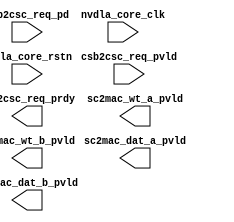

module NV_NVDLA_csc_top (
  csb2csc_req_pd //|< i
  ,csb2csc_req_pvld //|< i

  ,nvdla_core_clk //|< i
  ,nvdla_core_rstn //|< i

  ,csb2csc_req_prdy //|> o

  ,sc2mac_dat_a_pvld //|> o
  ,sc2mac_dat_b_pvld //|> o
  ,sc2mac_wt_a_pvld //|> o
  ,sc2mac_wt_b_pvld //|> o
);

    input [62:0] csb2csc_req_pd; //|< i
    input csb2csc_req_pvld; //|< i

    input nvdla_core_clk; //|< i
    input nvdla_core_rstn; //|< i

    output csb2csc_req_prdy; //|> o

    output sc2mac_dat_a_pvld; //|> o
    output sc2mac_dat_b_pvld; //|> o
    output sc2mac_wt_a_pvld; //|> o
    output sc2mac_wt_b_pvld; //|> o

endmodule


module NV_NVDLA_csc (
   accu2sc_credit_size //|< i
  ,accu2sc_credit_vld //|< i

  ,cdma2sc_dat_entries //|< i
  ,cdma2sc_dat_pending_ack //|< i
  ,cdma2sc_dat_slices //|< i
  ,cdma2sc_dat_updt //|< i

  ,cdma2sc_wmb_entries //|< i

  ,cdma2sc_wt_entries //|< i
  ,cdma2sc_wt_kernels //|< i
  ,cdma2sc_wt_pending_ack //|< i
  ,cdma2sc_wt_updt //|< i

  ,csb2csc_req_pd //|< i
  ,csb2csc_req_pvld //|< i

  ,dla_clk_ovr_on_sync //|< i for testing
  ,global_clk_ovr_on_sync //|< i for testing

  ,nvdla_core_clk //|< i
  ,nvdla_core_rstn //|< i

  ,pwrbus_ram_pd //|< i 31:0 for sequence generator

  ,sc2buf_dat_rd_data //|< i
  ,sc2buf_dat_rd_valid //|< i
  ,sc2buf_wmb_rd_data //|< i
  ,sc2buf_wmb_rd_valid //|< i
  ,sc2buf_wt_rd_data //|< i
  ,sc2buf_wt_rd_valid //|< i
  
  ,tmc2slcg_disable_clock_gating //|< i
  ,csb2csc_req_prdy //|> o
  ,csc2csb_resp_pd //|> o
  ,csc2csb_resp_valid //|> o
  ,sc2buf_dat_rd_addr //|> o
  ,sc2buf_dat_rd_en //|> o
  ,sc2buf_wmb_rd_addr //|> o
  ,sc2buf_wmb_rd_en //|> o
  ,sc2buf_wt_rd_addr //|> o
  ,sc2buf_wt_rd_en //|> o
  ,sc2cdma_dat_entries //|> o
  ,sc2cdma_dat_pending_req //|> o
  ,sc2cdma_dat_slices //|> o
  ,sc2cdma_dat_updt //|> o
  ,sc2cdma_wmb_entries //|> o
  ,sc2cdma_wt_entries //|> o
  ,sc2cdma_wt_kernels //|> o
  ,sc2cdma_wt_pending_req //|> o
  ,sc2cdma_wt_updt //|> o

  
  ,sc2mac_dat_a_data0 //|> o
  ,sc2mac_dat_a_data1 //|> o
  ,sc2mac_dat_a_data10 //|> o
  ,sc2mac_dat_a_data100 //|> o
  ,sc2mac_dat_a_data101 //|> o
  ,sc2mac_dat_a_data102 //|> o
  ,sc2mac_dat_a_data103 //|> o
  ,sc2mac_dat_a_data104 //|> o
  ,sc2mac_dat_a_data105 //|> o
  ,sc2mac_dat_a_data106 //|> o
  ,sc2mac_dat_a_data107 //|> o
  ,sc2mac_dat_a_data108 //|> o
  ,sc2mac_dat_a_data109 //|> o
  ,sc2mac_dat_a_data11 //|> o
  ,sc2mac_dat_a_data110 //|> o
  ,sc2mac_dat_a_data111 //|> o
  ,sc2mac_dat_a_data112 //|> o
  ,sc2mac_dat_a_data113 //|> o
  ,sc2mac_dat_a_data114 //|> o
  ,sc2mac_dat_a_data115 //|> o
  ,sc2mac_dat_a_data116 //|> o
  ,sc2mac_dat_a_data117 //|> o
  ,sc2mac_dat_a_data118 //|> o
  ,sc2mac_dat_a_data119 //|> o
  ,sc2mac_dat_a_data12 //|> o
  ,sc2mac_dat_a_data120 //|> o
  ,sc2mac_dat_a_data121 //|> o
  ,sc2mac_dat_a_data122 //|> o
  ,sc2mac_dat_a_data123 //|> o
  ,sc2mac_dat_a_data124 //|> o
  ,sc2mac_dat_a_data125 //|> o
  ,sc2mac_dat_a_data126 //|> o
  ,sc2mac_dat_a_data127 //|> o
  ,sc2mac_dat_a_data13 //|> o
  ,sc2mac_dat_a_data14 //|> o
  ,sc2mac_dat_a_data15 //|> o
  ,sc2mac_dat_a_data16 //|> o
  ,sc2mac_dat_a_data17 //|> o
  ,sc2mac_dat_a_data18 //|> o
  ,sc2mac_dat_a_data19 //|> o
  ,sc2mac_dat_a_data2 //|> o
  ,sc2mac_dat_a_data20 //|> o
  ,sc2mac_dat_a_data21 //|> o
  ,sc2mac_dat_a_data22 //|> o
  ,sc2mac_dat_a_data23 //|> o
  ,sc2mac_dat_a_data24 //|> o
  ,sc2mac_dat_a_data25 //|> o
  ,sc2mac_dat_a_data26 //|> o
  ,sc2mac_dat_a_data27 //|> o
  ,sc2mac_dat_a_data28 //|> o
  ,sc2mac_dat_a_data29 //|> o
  ,sc2mac_dat_a_data3 //|> o
  ,sc2mac_dat_a_data30 //|> o
  ,sc2mac_dat_a_data31 //|> o
  ,sc2mac_dat_a_data32 //|> o
  ,sc2mac_dat_a_data33 //|> o
  ,sc2mac_dat_a_data34 //|> o
  ,sc2mac_dat_a_data35 //|> o
  ,sc2mac_dat_a_data36 //|> o
  ,sc2mac_dat_a_data37 //|> o
  ,sc2mac_dat_a_data38 //|> o
  ,sc2mac_dat_a_data39 //|> o
  ,sc2mac_dat_a_data4 //|> o
  ,sc2mac_dat_a_data40 //|> o
  ,sc2mac_dat_a_data41 //|> o
  ,sc2mac_dat_a_data42 //|> o
  ,sc2mac_dat_a_data43 //|> o
  ,sc2mac_dat_a_data44 //|> o
  ,sc2mac_dat_a_data45 //|> o
  ,sc2mac_dat_a_data46 //|> o
  ,sc2mac_dat_a_data47 //|> o
  ,sc2mac_dat_a_data48 //|> o
  ,sc2mac_dat_a_data49 //|> o
  ,sc2mac_dat_a_data5 //|> o
  ,sc2mac_dat_a_data50 //|> o
  ,sc2mac_dat_a_data51 //|> o
  ,sc2mac_dat_a_data52 //|> o
  ,sc2mac_dat_a_data53 //|> o
  ,sc2mac_dat_a_data54 //|> o
  ,sc2mac_dat_a_data55 //|> o
  ,sc2mac_dat_a_data56 //|> o
  ,sc2mac_dat_a_data57 //|> o
  ,sc2mac_dat_a_data58 //|> o
  ,sc2mac_dat_a_data59 //|> o
  ,sc2mac_dat_a_data6 //|> o
  ,sc2mac_dat_a_data60 //|> o
  ,sc2mac_dat_a_data61 //|> o
  ,sc2mac_dat_a_data62 //|> o
  ,sc2mac_dat_a_data63 //|> o
  ,sc2mac_dat_a_data64 //|> o
  ,sc2mac_dat_a_data65 //|> o
  ,sc2mac_dat_a_data66 //|> o
  ,sc2mac_dat_a_data67 //|> o
  ,sc2mac_dat_a_data68 //|> o
  ,sc2mac_dat_a_data69 //|> o
  ,sc2mac_dat_a_data7 //|> o
  ,sc2mac_dat_a_data70 //|> o
  ,sc2mac_dat_a_data71 //|> o
  ,sc2mac_dat_a_data72 //|> o
  ,sc2mac_dat_a_data73 //|> o
  ,sc2mac_dat_a_data74 //|> o
  ,sc2mac_dat_a_data75 //|> o
  ,sc2mac_dat_a_data76 //|> o
  ,sc2mac_dat_a_data77 //|> o
  ,sc2mac_dat_a_data78 //|> o
  ,sc2mac_dat_a_data79 //|> o
  ,sc2mac_dat_a_data8 //|> o
  ,sc2mac_dat_a_data80 //|> o
  ,sc2mac_dat_a_data81 //|> o
  ,sc2mac_dat_a_data82 //|> o
  ,sc2mac_dat_a_data83 //|> o
  ,sc2mac_dat_a_data84 //|> o
  ,sc2mac_dat_a_data85 //|> o
  ,sc2mac_dat_a_data86 //|> o
  ,sc2mac_dat_a_data87 //|> o
  ,sc2mac_dat_a_data88 //|> o
  ,sc2mac_dat_a_data89 //|> o
  ,sc2mac_dat_a_data9 //|> o
  ,sc2mac_dat_a_data90 //|> o
  ,sc2mac_dat_a_data91 //|> o
  ,sc2mac_dat_a_data92 //|> o
  ,sc2mac_dat_a_data93 //|> o
  ,sc2mac_dat_a_data94 //|> o
  ,sc2mac_dat_a_data95 //|> o
  ,sc2mac_dat_a_data96 //|> o
  ,sc2mac_dat_a_data97 //|> o
  ,sc2mac_dat_a_data98 //|> o
  ,sc2mac_dat_a_data99 //|> o
  ,sc2mac_dat_a_mask //|> o
  ,sc2mac_dat_a_pd //|> o
  ,sc2mac_dat_a_pvld //|> o
  ,sc2mac_dat_b_data0 //|> o
  ,sc2mac_dat_b_data1 //|> o
  ,sc2mac_dat_b_data10 //|> o
  ,sc2mac_dat_b_data100 //|> o
  ,sc2mac_dat_b_data101 //|> o
  ,sc2mac_dat_b_data102 //|> o
  ,sc2mac_dat_b_data103 //|> o
  ,sc2mac_dat_b_data104 //|> o
  ,sc2mac_dat_b_data105 //|> o
  ,sc2mac_dat_b_data106 //|> o
  ,sc2mac_dat_b_data107 //|> o
  ,sc2mac_dat_b_data108 //|> o
  ,sc2mac_dat_b_data109 //|> o
  ,sc2mac_dat_b_data11 //|> o
  ,sc2mac_dat_b_data110 //|> o
  ,sc2mac_dat_b_data111 //|> o
  ,sc2mac_dat_b_data112 //|> o
  ,sc2mac_dat_b_data113 //|> o
  ,sc2mac_dat_b_data114 //|> o
  ,sc2mac_dat_b_data115 //|> o
  ,sc2mac_dat_b_data116 //|> o
  ,sc2mac_dat_b_data117 //|> o
  ,sc2mac_dat_b_data118 //|> o
  ,sc2mac_dat_b_data119 //|> o
  ,sc2mac_dat_b_data12 //|> o
  ,sc2mac_dat_b_data120 //|> o
  ,sc2mac_dat_b_data121 //|> o
  ,sc2mac_dat_b_data122 //|> o
  ,sc2mac_dat_b_data123 //|> o
  ,sc2mac_dat_b_data124 //|> o
  ,sc2mac_dat_b_data125 //|> o
  ,sc2mac_dat_b_data126 //|> o
  ,sc2mac_dat_b_data127 //|> o
  ,sc2mac_dat_b_data13 //|> o
  ,sc2mac_dat_b_data14 //|> o
  ,sc2mac_dat_b_data15 //|> o
  ,sc2mac_dat_b_data16 //|> o
  ,sc2mac_dat_b_data17 //|> o
  ,sc2mac_dat_b_data18 //|> o
  ,sc2mac_dat_b_data19 //|> o
  ,sc2mac_dat_b_data2 //|> o
  ,sc2mac_dat_b_data20 //|> o
  ,sc2mac_dat_b_data21 //|> o
  ,sc2mac_dat_b_data22 //|> o
  ,sc2mac_dat_b_data23 //|> o
  ,sc2mac_dat_b_data24 //|> o
  ,sc2mac_dat_b_data25 //|> o
  ,sc2mac_dat_b_data26 //|> o
  ,sc2mac_dat_b_data27 //|> o
  ,sc2mac_dat_b_data28 //|> o
  ,sc2mac_dat_b_data29 //|> o
  ,sc2mac_dat_b_data3 //|> o
  ,sc2mac_dat_b_data30 //|> o
  ,sc2mac_dat_b_data31 //|> o
  ,sc2mac_dat_b_data32 //|> o
  ,sc2mac_dat_b_data33 //|> o
  ,sc2mac_dat_b_data34 //|> o
  ,sc2mac_dat_b_data35 //|> o
  ,sc2mac_dat_b_data36 //|> o
  ,sc2mac_dat_b_data37 //|> o
  ,sc2mac_dat_b_data38 //|> o
  ,sc2mac_dat_b_data39 //|> o
  ,sc2mac_dat_b_data4 //|> o
  ,sc2mac_dat_b_data40 //|> o
  ,sc2mac_dat_b_data41 //|> o
  ,sc2mac_dat_b_data42 //|> o
  ,sc2mac_dat_b_data43 //|> o
  ,sc2mac_dat_b_data44 //|> o
  ,sc2mac_dat_b_data45 //|> o
  ,sc2mac_dat_b_data46 //|> o
  ,sc2mac_dat_b_data47 //|> o
  ,sc2mac_dat_b_data48 //|> o
  ,sc2mac_dat_b_data49 //|> o
  ,sc2mac_dat_b_data5 //|> o
  ,sc2mac_dat_b_data50 //|> o
  ,sc2mac_dat_b_data51 //|> o
  ,sc2mac_dat_b_data52 //|> o
  ,sc2mac_dat_b_data53 //|> o
  ,sc2mac_dat_b_data54 //|> o
  ,sc2mac_dat_b_data55 //|> o
  ,sc2mac_dat_b_data56 //|> o
  ,sc2mac_dat_b_data57 //|> o
  ,sc2mac_dat_b_data58 //|> o
  ,sc2mac_dat_b_data59 //|> o
  ,sc2mac_dat_b_data6 //|> o
  ,sc2mac_dat_b_data60 //|> o
  ,sc2mac_dat_b_data61 //|> o
  ,sc2mac_dat_b_data62 //|> o
  ,sc2mac_dat_b_data63 //|> o
  ,sc2mac_dat_b_data64 //|> o
  ,sc2mac_dat_b_data65 //|> o
  ,sc2mac_dat_b_data66 //|> o
  ,sc2mac_dat_b_data67 //|> o
  ,sc2mac_dat_b_data68 //|> o
  ,sc2mac_dat_b_data69 //|> o
  ,sc2mac_dat_b_data7 //|> o
  ,sc2mac_dat_b_data70 //|> o
  ,sc2mac_dat_b_data71 //|> o
  ,sc2mac_dat_b_data72 //|> o
  ,sc2mac_dat_b_data73 //|> o
  ,sc2mac_dat_b_data74 //|> o
  ,sc2mac_dat_b_data75 //|> o
  ,sc2mac_dat_b_data76 //|> o
  ,sc2mac_dat_b_data77 //|> o
  ,sc2mac_dat_b_data78 //|> o
  ,sc2mac_dat_b_data79 //|> o
  ,sc2mac_dat_b_data8 //|> o
  ,sc2mac_dat_b_data80 //|> o
  ,sc2mac_dat_b_data81 //|> o
  ,sc2mac_dat_b_data82 //|> o
  ,sc2mac_dat_b_data83 //|> o
  ,sc2mac_dat_b_data84 //|> o
  ,sc2mac_dat_b_data85 //|> o
  ,sc2mac_dat_b_data86 //|> o
  ,sc2mac_dat_b_data87 //|> o
  ,sc2mac_dat_b_data88 //|> o
  ,sc2mac_dat_b_data89 //|> o
  ,sc2mac_dat_b_data9 //|> o
  ,sc2mac_dat_b_data90 //|> o
  ,sc2mac_dat_b_data91 //|> o
  ,sc2mac_dat_b_data92 //|> o
  ,sc2mac_dat_b_data93 //|> o
  ,sc2mac_dat_b_data94 //|> o
  ,sc2mac_dat_b_data95 //|> o
  ,sc2mac_dat_b_data96 //|> o
  ,sc2mac_dat_b_data97 //|> o
  ,sc2mac_dat_b_data98 //|> o
  ,sc2mac_dat_b_data99 //|> o
  ,sc2mac_dat_b_mask //|> o
  ,sc2mac_dat_b_pd //|> o
  ,sc2mac_dat_b_pvld //|> o
  ,sc2mac_wt_a_data0 //|> o
  ,sc2mac_wt_a_data1 //|> o
  ,sc2mac_wt_a_data10 //|> o
  ,sc2mac_wt_a_data100 //|> o
  ,sc2mac_wt_a_data101 //|> o
  ,sc2mac_wt_a_data102 //|> o
  ,sc2mac_wt_a_data103 //|> o
  ,sc2mac_wt_a_data104 //|> o
  ,sc2mac_wt_a_data105 //|> o
  ,sc2mac_wt_a_data106 //|> o
  ,sc2mac_wt_a_data107 //|> o
  ,sc2mac_wt_a_data108 //|> o
  ,sc2mac_wt_a_data109 //|> o
  ,sc2mac_wt_a_data11 //|> o
  ,sc2mac_wt_a_data110 //|> o
  ,sc2mac_wt_a_data111 //|> o
  ,sc2mac_wt_a_data112 //|> o
  ,sc2mac_wt_a_data113 //|> o
  ,sc2mac_wt_a_data114 //|> o
  ,sc2mac_wt_a_data115 //|> o
  ,sc2mac_wt_a_data116 //|> o
  ,sc2mac_wt_a_data117 //|> o
  ,sc2mac_wt_a_data118 //|> o
  ,sc2mac_wt_a_data119 //|> o
  ,sc2mac_wt_a_data12 //|> o
  ,sc2mac_wt_a_data120 //|> o
  ,sc2mac_wt_a_data121 //|> o
  ,sc2mac_wt_a_data122 //|> o
  ,sc2mac_wt_a_data123 //|> o
  ,sc2mac_wt_a_data124 //|> o
  ,sc2mac_wt_a_data125 //|> o
  ,sc2mac_wt_a_data126 //|> o
  ,sc2mac_wt_a_data127 //|> o
  ,sc2mac_wt_a_data13 //|> o
  ,sc2mac_wt_a_data14 //|> o
  ,sc2mac_wt_a_data15 //|> o
  ,sc2mac_wt_a_data16 //|> o
  ,sc2mac_wt_a_data17 //|> o
  ,sc2mac_wt_a_data18 //|> o
  ,sc2mac_wt_a_data19 //|> o
  ,sc2mac_wt_a_data2 //|> o
  ,sc2mac_wt_a_data20 //|> o
  ,sc2mac_wt_a_data21 //|> o
  ,sc2mac_wt_a_data22 //|> o
  ,sc2mac_wt_a_data23 //|> o
  ,sc2mac_wt_a_data24 //|> o
  ,sc2mac_wt_a_data25 //|> o
  ,sc2mac_wt_a_data26 //|> o
  ,sc2mac_wt_a_data27 //|> o
  ,sc2mac_wt_a_data28 //|> o
  ,sc2mac_wt_a_data29 //|> o
  ,sc2mac_wt_a_data3 //|> o
  ,sc2mac_wt_a_data30 //|> o
  ,sc2mac_wt_a_data31 //|> o
  ,sc2mac_wt_a_data32 //|> o
  ,sc2mac_wt_a_data33 //|> o
  ,sc2mac_wt_a_data34 //|> o
  ,sc2mac_wt_a_data35 //|> o
  ,sc2mac_wt_a_data36 //|> o
  ,sc2mac_wt_a_data37 //|> o
  ,sc2mac_wt_a_data38 //|> o
  ,sc2mac_wt_a_data39 //|> o
  ,sc2mac_wt_a_data4 //|> o
  ,sc2mac_wt_a_data40 //|> o
  ,sc2mac_wt_a_data41 //|> o
  ,sc2mac_wt_a_data42 //|> o
  ,sc2mac_wt_a_data43 //|> o
  ,sc2mac_wt_a_data44 //|> o
  ,sc2mac_wt_a_data45 //|> o
  ,sc2mac_wt_a_data46 //|> o
  ,sc2mac_wt_a_data47 //|> o
  ,sc2mac_wt_a_data48 //|> o
  ,sc2mac_wt_a_data49 //|> o
  ,sc2mac_wt_a_data5 //|> o
  ,sc2mac_wt_a_data50 //|> o
  ,sc2mac_wt_a_data51 //|> o
  ,sc2mac_wt_a_data52 //|> o
  ,sc2mac_wt_a_data53 //|> o
  ,sc2mac_wt_a_data54 //|> o
  ,sc2mac_wt_a_data55 //|> o
  ,sc2mac_wt_a_data56 //|> o
  ,sc2mac_wt_a_data57 //|> o
  ,sc2mac_wt_a_data58 //|> o
  ,sc2mac_wt_a_data59 //|> o
  ,sc2mac_wt_a_data6 //|> o
  ,sc2mac_wt_a_data60 //|> o
  ,sc2mac_wt_a_data61 //|> o
  ,sc2mac_wt_a_data62 //|> o
  ,sc2mac_wt_a_data63 //|> o
  ,sc2mac_wt_a_data64 //|> o
  ,sc2mac_wt_a_data65 //|> o
  ,sc2mac_wt_a_data66 //|> o
  ,sc2mac_wt_a_data67 //|> o
  ,sc2mac_wt_a_data68 //|> o
  ,sc2mac_wt_a_data69 //|> o
  ,sc2mac_wt_a_data7 //|> o
  ,sc2mac_wt_a_data70 //|> o
  ,sc2mac_wt_a_data71 //|> o
  ,sc2mac_wt_a_data72 //|> o
  ,sc2mac_wt_a_data73 //|> o
  ,sc2mac_wt_a_data74 //|> o
  ,sc2mac_wt_a_data75 //|> o
  ,sc2mac_wt_a_data76 //|> o
  ,sc2mac_wt_a_data77 //|> o
  ,sc2mac_wt_a_data78 //|> o
  ,sc2mac_wt_a_data79 //|> o
  ,sc2mac_wt_a_data8 //|> o
  ,sc2mac_wt_a_data80 //|> o
  ,sc2mac_wt_a_data81 //|> o
  ,sc2mac_wt_a_data82 //|> o
  ,sc2mac_wt_a_data83 //|> o
  ,sc2mac_wt_a_data84 //|> o
  ,sc2mac_wt_a_data85 //|> o
  ,sc2mac_wt_a_data86 //|> o
  ,sc2mac_wt_a_data87 //|> o
  ,sc2mac_wt_a_data88 //|> o
  ,sc2mac_wt_a_data89 //|> o
  ,sc2mac_wt_a_data9 //|> o
  ,sc2mac_wt_a_data90 //|> o
  ,sc2mac_wt_a_data91 //|> o
  ,sc2mac_wt_a_data92 //|> o
  ,sc2mac_wt_a_data93 //|> o
  ,sc2mac_wt_a_data94 //|> o
  ,sc2mac_wt_a_data95 //|> o
  ,sc2mac_wt_a_data96 //|> o
  ,sc2mac_wt_a_data97 //|> o
  ,sc2mac_wt_a_data98 //|> o
  ,sc2mac_wt_a_data99 //|> o
  ,sc2mac_wt_a_mask //|> o
  ,sc2mac_wt_a_pvld //|> o
  ,sc2mac_wt_a_sel //|> o
  ,sc2mac_wt_b_data0 //|> o
  ,sc2mac_wt_b_data1 //|> o
  ,sc2mac_wt_b_data10 //|> o
  ,sc2mac_wt_b_data100 //|> o
  ,sc2mac_wt_b_data101 //|> o
  ,sc2mac_wt_b_data102 //|> o
  ,sc2mac_wt_b_data103 //|> o
  ,sc2mac_wt_b_data104 //|> o
  ,sc2mac_wt_b_data105 //|> o
  ,sc2mac_wt_b_data106 //|> o
  ,sc2mac_wt_b_data107 //|> o
  ,sc2mac_wt_b_data108 //|> o
  ,sc2mac_wt_b_data109 //|> o
  ,sc2mac_wt_b_data11 //|> o
  ,sc2mac_wt_b_data110 //|> o
  ,sc2mac_wt_b_data111 //|> o
  ,sc2mac_wt_b_data112 //|> o
  ,sc2mac_wt_b_data113 //|> o
  ,sc2mac_wt_b_data114 //|> o
  ,sc2mac_wt_b_data115 //|> o
  ,sc2mac_wt_b_data116 //|> o
  ,sc2mac_wt_b_data117 //|> o
  ,sc2mac_wt_b_data118 //|> o
  ,sc2mac_wt_b_data119 //|> o
  ,sc2mac_wt_b_data12 //|> o
  ,sc2mac_wt_b_data120 //|> o
  ,sc2mac_wt_b_data121 //|> o
  ,sc2mac_wt_b_data122 //|> o
  ,sc2mac_wt_b_data123 //|> o
  ,sc2mac_wt_b_data124 //|> o
  ,sc2mac_wt_b_data125 //|> o
  ,sc2mac_wt_b_data126 //|> o
  ,sc2mac_wt_b_data127 //|> o
  ,sc2mac_wt_b_data13 //|> o
  ,sc2mac_wt_b_data14 //|> o
  ,sc2mac_wt_b_data15 //|> o
  ,sc2mac_wt_b_data16 //|> o
  ,sc2mac_wt_b_data17 //|> o
  ,sc2mac_wt_b_data18 //|> o
  ,sc2mac_wt_b_data19 //|> o
  ,sc2mac_wt_b_data2 //|> o
  ,sc2mac_wt_b_data20 //|> o
  ,sc2mac_wt_b_data21 //|> o
  ,sc2mac_wt_b_data22 //|> o
  ,sc2mac_wt_b_data23 //|> o
  ,sc2mac_wt_b_data24 //|> o
  ,sc2mac_wt_b_data25 //|> o
  ,sc2mac_wt_b_data26 //|> o
  ,sc2mac_wt_b_data27 //|> o
  ,sc2mac_wt_b_data28 //|> o
  ,sc2mac_wt_b_data29 //|> o
  ,sc2mac_wt_b_data3 //|> o
  ,sc2mac_wt_b_data30 //|> o
  ,sc2mac_wt_b_data31 //|> o
  ,sc2mac_wt_b_data32 //|> o
  ,sc2mac_wt_b_data33 //|> o
  ,sc2mac_wt_b_data34 //|> o
  ,sc2mac_wt_b_data35 //|> o
  ,sc2mac_wt_b_data36 //|> o
  ,sc2mac_wt_b_data37 //|> o
  ,sc2mac_wt_b_data38 //|> o
  ,sc2mac_wt_b_data39 //|> o
  ,sc2mac_wt_b_data4 //|> o
  ,sc2mac_wt_b_data40 //|> o
  ,sc2mac_wt_b_data41 //|> o
  ,sc2mac_wt_b_data42 //|> o
  ,sc2mac_wt_b_data43 //|> o
  ,sc2mac_wt_b_data44 //|> o
  ,sc2mac_wt_b_data45 //|> o
  ,sc2mac_wt_b_data46 //|> o
  ,sc2mac_wt_b_data47 //|> o
  ,sc2mac_wt_b_data48 //|> o
  ,sc2mac_wt_b_data49 //|> o
  ,sc2mac_wt_b_data5 //|> o
  ,sc2mac_wt_b_data50 //|> o
  ,sc2mac_wt_b_data51 //|> o
  ,sc2mac_wt_b_data52 //|> o
  ,sc2mac_wt_b_data53 //|> o
  ,sc2mac_wt_b_data54 //|> o
  ,sc2mac_wt_b_data55 //|> o
  ,sc2mac_wt_b_data56 //|> o
  ,sc2mac_wt_b_data57 //|> o
  ,sc2mac_wt_b_data58 //|> o
  ,sc2mac_wt_b_data59 //|> o
  ,sc2mac_wt_b_data6 //|> o
  ,sc2mac_wt_b_data60 //|> o
  ,sc2mac_wt_b_data61 //|> o
  ,sc2mac_wt_b_data62 //|> o
  ,sc2mac_wt_b_data63 //|> o
  ,sc2mac_wt_b_data64 //|> o
  ,sc2mac_wt_b_data65 //|> o
  ,sc2mac_wt_b_data66 //|> o
  ,sc2mac_wt_b_data67 //|> o
  ,sc2mac_wt_b_data68 //|> o
  ,sc2mac_wt_b_data69 //|> o
  ,sc2mac_wt_b_data7 //|> o
  ,sc2mac_wt_b_data70 //|> o
  ,sc2mac_wt_b_data71 //|> o
  ,sc2mac_wt_b_data72 //|> o
  ,sc2mac_wt_b_data73 //|> o
  ,sc2mac_wt_b_data74 //|> o
  ,sc2mac_wt_b_data75 //|> o
  ,sc2mac_wt_b_data76 //|> o
  ,sc2mac_wt_b_data77 //|> o
  ,sc2mac_wt_b_data78 //|> o
  ,sc2mac_wt_b_data79 //|> o
  ,sc2mac_wt_b_data8 //|> o
  ,sc2mac_wt_b_data80 //|> o
  ,sc2mac_wt_b_data81 //|> o
  ,sc2mac_wt_b_data82 //|> o
  ,sc2mac_wt_b_data83 //|> o
  ,sc2mac_wt_b_data84 //|> o
  ,sc2mac_wt_b_data85 //|> o
  ,sc2mac_wt_b_data86 //|> o
  ,sc2mac_wt_b_data87 //|> o
  ,sc2mac_wt_b_data88 //|> o
  ,sc2mac_wt_b_data89 //|> o
  ,sc2mac_wt_b_data9 //|> o
  ,sc2mac_wt_b_data90 //|> o
  ,sc2mac_wt_b_data91 //|> o
  ,sc2mac_wt_b_data92 //|> o
  ,sc2mac_wt_b_data93 //|> o
  ,sc2mac_wt_b_data94 //|> o
  ,sc2mac_wt_b_data95 //|> o
  ,sc2mac_wt_b_data96 //|> o
  ,sc2mac_wt_b_data97 //|> o
  ,sc2mac_wt_b_data98 //|> o
  ,sc2mac_wt_b_data99 //|> o
  ,sc2mac_wt_b_mask //|> o
  ,sc2mac_wt_b_pvld //|> o
  ,sc2mac_wt_b_sel //|> o
  );
//
// NV_NVDLA_csc_ports.v
//
input nvdla_core_clk; /* sc2cdma_dat_pending, sc2cdma_wt_pending, accu2sc_credit, cdma2sc_dat_pending, cdma2sc_wt_pending, csb2csc_req, csc2csb_resp, dat_up_cdma2sc, dat_up_sc2cdma, sc2buf_dat_rd_nvdla_ram_addr_ADDR_WIDTH_12_BE_1, sc2buf_dat_rd_nvdla_ram_data_valid_DATA_WIDTH_1024_ECC_SIZE_1, sc2buf_wmb_rd_nvdla_ram_addr_ADDR_WIDTH_8_BE_1, sc2buf_wmb_rd_nvdla_ram_data_valid_DATA_WIDTH_1024_ECC_SIZE_1, sc2buf_wt_rd_nvdla_ram_addr_ADDR_WIDTH_12_BE_1, sc2buf_wt_rd_nvdla_ram_data_valid_DATA_WIDTH_1024_ECC_SIZE_1, sc2mac_dat_a, sc2mac_dat_b, sc2mac_wt_a, sc2mac_wt_b, wt_up_cdma2sc, wt_up_sc2cdma */
input nvdla_core_rstn; /* sc2cdma_dat_pending, sc2cdma_wt_pending, accu2sc_credit, cdma2sc_dat_pending, cdma2sc_wt_pending, csb2csc_req, csc2csb_resp, dat_up_cdma2sc, dat_up_sc2cdma, sc2buf_dat_rd_nvdla_ram_addr_ADDR_WIDTH_12_BE_1, sc2buf_dat_rd_nvdla_ram_data_valid_DATA_WIDTH_1024_ECC_SIZE_1, sc2buf_wmb_rd_nvdla_ram_addr_ADDR_WIDTH_8_BE_1, sc2buf_wmb_rd_nvdla_ram_data_valid_DATA_WIDTH_1024_ECC_SIZE_1, sc2buf_wt_rd_nvdla_ram_addr_ADDR_WIDTH_12_BE_1, sc2buf_wt_rd_nvdla_ram_data_valid_DATA_WIDTH_1024_ECC_SIZE_1, sc2mac_dat_a, sc2mac_dat_b, sc2mac_wt_a, sc2mac_wt_b, wt_up_cdma2sc, wt_up_sc2cdma */
output sc2cdma_dat_pending_req;
output sc2cdma_wt_pending_req;
input accu2sc_credit_vld; /* data valid */
input [2:0] accu2sc_credit_size;
input cdma2sc_dat_pending_ack;
input cdma2sc_wt_pending_ack;
input csb2csc_req_pvld; /* data valid */
output csb2csc_req_prdy; /* data return handshake */
input [62:0] csb2csc_req_pd;
output csc2csb_resp_valid; /* data valid */
output [33:0] csc2csb_resp_pd; /* pkt_id_width=1 pkt_widths=33,33  */
input cdma2sc_dat_updt; /* data valid */
input [11:0] cdma2sc_dat_entries;
input [11:0] cdma2sc_dat_slices;
output sc2cdma_dat_updt; /* data valid */
output [11:0] sc2cdma_dat_entries;
output [11:0] sc2cdma_dat_slices;
input [31:0] pwrbus_ram_pd;
output sc2buf_dat_rd_en; /* data valid */
output [11:0] sc2buf_dat_rd_addr;
input sc2buf_dat_rd_valid; /* data valid */
input [1023:0] sc2buf_dat_rd_data;
output sc2buf_wmb_rd_en; /* data valid */
output [7:0] sc2buf_wmb_rd_addr;
input sc2buf_wmb_rd_valid; /* data valid */
input [1023:0] sc2buf_wmb_rd_data;
output sc2buf_wt_rd_en; /* data valid */
output [11:0] sc2buf_wt_rd_addr;
input sc2buf_wt_rd_valid; /* data valid */
input [1023:0] sc2buf_wt_rd_data;
output sc2mac_dat_a_pvld; /* data valid */
output [127:0] sc2mac_dat_a_mask;
output [7:0] sc2mac_dat_a_data0;
output [7:0] sc2mac_dat_a_data1;
output [7:0] sc2mac_dat_a_data2;
output [7:0] sc2mac_dat_a_data3;
output [7:0] sc2mac_dat_a_data4;
output [7:0] sc2mac_dat_a_data5;
output [7:0] sc2mac_dat_a_data6;
output [7:0] sc2mac_dat_a_data7;
output [7:0] sc2mac_dat_a_data8;
output [7:0] sc2mac_dat_a_data9;
output [7:0] sc2mac_dat_a_data10;
output [7:0] sc2mac_dat_a_data11;
output [7:0] sc2mac_dat_a_data12;
output [7:0] sc2mac_dat_a_data13;
output [7:0] sc2mac_dat_a_data14;
output [7:0] sc2mac_dat_a_data15;
output [7:0] sc2mac_dat_a_data16;
output [7:0] sc2mac_dat_a_data17;
output [7:0] sc2mac_dat_a_data18;
output [7:0] sc2mac_dat_a_data19;
output [7:0] sc2mac_dat_a_data20;
output [7:0] sc2mac_dat_a_data21;
output [7:0] sc2mac_dat_a_data22;
output [7:0] sc2mac_dat_a_data23;
output [7:0] sc2mac_dat_a_data24;
output [7:0] sc2mac_dat_a_data25;
output [7:0] sc2mac_dat_a_data26;
output [7:0] sc2mac_dat_a_data27;
output [7:0] sc2mac_dat_a_data28;
output [7:0] sc2mac_dat_a_data29;
output [7:0] sc2mac_dat_a_data30;
output [7:0] sc2mac_dat_a_data31;
output [7:0] sc2mac_dat_a_data32;
output [7:0] sc2mac_dat_a_data33;
output [7:0] sc2mac_dat_a_data34;
output [7:0] sc2mac_dat_a_data35;
output [7:0] sc2mac_dat_a_data36;
output [7:0] sc2mac_dat_a_data37;
output [7:0] sc2mac_dat_a_data38;
output [7:0] sc2mac_dat_a_data39;
output [7:0] sc2mac_dat_a_data40;
output [7:0] sc2mac_dat_a_data41;
output [7:0] sc2mac_dat_a_data42;
output [7:0] sc2mac_dat_a_data43;
output [7:0] sc2mac_dat_a_data44;
output [7:0] sc2mac_dat_a_data45;
output [7:0] sc2mac_dat_a_data46;
output [7:0] sc2mac_dat_a_data47;
output [7:0] sc2mac_dat_a_data48;
output [7:0] sc2mac_dat_a_data49;
output [7:0] sc2mac_dat_a_data50;
output [7:0] sc2mac_dat_a_data51;
output [7:0] sc2mac_dat_a_data52;
output [7:0] sc2mac_dat_a_data53;
output [7:0] sc2mac_dat_a_data54;
output [7:0] sc2mac_dat_a_data55;
output [7:0] sc2mac_dat_a_data56;
output [7:0] sc2mac_dat_a_data57;
output [7:0] sc2mac_dat_a_data58;
output [7:0] sc2mac_dat_a_data59;
output [7:0] sc2mac_dat_a_data60;
output [7:0] sc2mac_dat_a_data61;
output [7:0] sc2mac_dat_a_data62;
output [7:0] sc2mac_dat_a_data63;
output [7:0] sc2mac_dat_a_data64;
output [7:0] sc2mac_dat_a_data65;
output [7:0] sc2mac_dat_a_data66;
output [7:0] sc2mac_dat_a_data67;
output [7:0] sc2mac_dat_a_data68;
output [7:0] sc2mac_dat_a_data69;
output [7:0] sc2mac_dat_a_data70;
output [7:0] sc2mac_dat_a_data71;
output [7:0] sc2mac_dat_a_data72;
output [7:0] sc2mac_dat_a_data73;
output [7:0] sc2mac_dat_a_data74;
output [7:0] sc2mac_dat_a_data75;
output [7:0] sc2mac_dat_a_data76;
output [7:0] sc2mac_dat_a_data77;
output [7:0] sc2mac_dat_a_data78;
output [7:0] sc2mac_dat_a_data79;
output [7:0] sc2mac_dat_a_data80;
output [7:0] sc2mac_dat_a_data81;
output [7:0] sc2mac_dat_a_data82;
output [7:0] sc2mac_dat_a_data83;
output [7:0] sc2mac_dat_a_data84;
output [7:0] sc2mac_dat_a_data85;
output [7:0] sc2mac_dat_a_data86;
output [7:0] sc2mac_dat_a_data87;
output [7:0] sc2mac_dat_a_data88;
output [7:0] sc2mac_dat_a_data89;
output [7:0] sc2mac_dat_a_data90;
output [7:0] sc2mac_dat_a_data91;
output [7:0] sc2mac_dat_a_data92;
output [7:0] sc2mac_dat_a_data93;
output [7:0] sc2mac_dat_a_data94;
output [7:0] sc2mac_dat_a_data95;
output [7:0] sc2mac_dat_a_data96;
output [7:0] sc2mac_dat_a_data97;
output [7:0] sc2mac_dat_a_data98;
output [7:0] sc2mac_dat_a_data99;
output [7:0] sc2mac_dat_a_data100;
output [7:0] sc2mac_dat_a_data101;
output [7:0] sc2mac_dat_a_data102;
output [7:0] sc2mac_dat_a_data103;
output [7:0] sc2mac_dat_a_data104;
output [7:0] sc2mac_dat_a_data105;
output [7:0] sc2mac_dat_a_data106;
output [7:0] sc2mac_dat_a_data107;
output [7:0] sc2mac_dat_a_data108;
output [7:0] sc2mac_dat_a_data109;
output [7:0] sc2mac_dat_a_data110;
output [7:0] sc2mac_dat_a_data111;
output [7:0] sc2mac_dat_a_data112;
output [7:0] sc2mac_dat_a_data113;
output [7:0] sc2mac_dat_a_data114;
output [7:0] sc2mac_dat_a_data115;
output [7:0] sc2mac_dat_a_data116;
output [7:0] sc2mac_dat_a_data117;
output [7:0] sc2mac_dat_a_data118;
output [7:0] sc2mac_dat_a_data119;
output [7:0] sc2mac_dat_a_data120;
output [7:0] sc2mac_dat_a_data121;
output [7:0] sc2mac_dat_a_data122;
output [7:0] sc2mac_dat_a_data123;
output [7:0] sc2mac_dat_a_data124;
output [7:0] sc2mac_dat_a_data125;
output [7:0] sc2mac_dat_a_data126;
output [7:0] sc2mac_dat_a_data127;
output [8:0] sc2mac_dat_a_pd;
output sc2mac_dat_b_pvld; /* data valid */
output [127:0] sc2mac_dat_b_mask;
output [7:0] sc2mac_dat_b_data0;
output [7:0] sc2mac_dat_b_data1;
output [7:0] sc2mac_dat_b_data2;
output [7:0] sc2mac_dat_b_data3;
output [7:0] sc2mac_dat_b_data4;
output [7:0] sc2mac_dat_b_data5;
output [7:0] sc2mac_dat_b_data6;
output [7:0] sc2mac_dat_b_data7;
output [7:0] sc2mac_dat_b_data8;
output [7:0] sc2mac_dat_b_data9;
output [7:0] sc2mac_dat_b_data10;
output [7:0] sc2mac_dat_b_data11;
output [7:0] sc2mac_dat_b_data12;
output [7:0] sc2mac_dat_b_data13;
output [7:0] sc2mac_dat_b_data14;
output [7:0] sc2mac_dat_b_data15;
output [7:0] sc2mac_dat_b_data16;
output [7:0] sc2mac_dat_b_data17;
output [7:0] sc2mac_dat_b_data18;
output [7:0] sc2mac_dat_b_data19;
output [7:0] sc2mac_dat_b_data20;
output [7:0] sc2mac_dat_b_data21;
output [7:0] sc2mac_dat_b_data22;
output [7:0] sc2mac_dat_b_data23;
output [7:0] sc2mac_dat_b_data24;
output [7:0] sc2mac_dat_b_data25;
output [7:0] sc2mac_dat_b_data26;
output [7:0] sc2mac_dat_b_data27;
output [7:0] sc2mac_dat_b_data28;
output [7:0] sc2mac_dat_b_data29;
output [7:0] sc2mac_dat_b_data30;
output [7:0] sc2mac_dat_b_data31;
output [7:0] sc2mac_dat_b_data32;
output [7:0] sc2mac_dat_b_data33;
output [7:0] sc2mac_dat_b_data34;
output [7:0] sc2mac_dat_b_data35;
output [7:0] sc2mac_dat_b_data36;
output [7:0] sc2mac_dat_b_data37;
output [7:0] sc2mac_dat_b_data38;
output [7:0] sc2mac_dat_b_data39;
output [7:0] sc2mac_dat_b_data40;
output [7:0] sc2mac_dat_b_data41;
output [7:0] sc2mac_dat_b_data42;
output [7:0] sc2mac_dat_b_data43;
output [7:0] sc2mac_dat_b_data44;
output [7:0] sc2mac_dat_b_data45;
output [7:0] sc2mac_dat_b_data46;
output [7:0] sc2mac_dat_b_data47;
output [7:0] sc2mac_dat_b_data48;
output [7:0] sc2mac_dat_b_data49;
output [7:0] sc2mac_dat_b_data50;
output [7:0] sc2mac_dat_b_data51;
output [7:0] sc2mac_dat_b_data52;
output [7:0] sc2mac_dat_b_data53;
output [7:0] sc2mac_dat_b_data54;
output [7:0] sc2mac_dat_b_data55;
output [7:0] sc2mac_dat_b_data56;
output [7:0] sc2mac_dat_b_data57;
output [7:0] sc2mac_dat_b_data58;
output [7:0] sc2mac_dat_b_data59;
output [7:0] sc2mac_dat_b_data60;
output [7:0] sc2mac_dat_b_data61;
output [7:0] sc2mac_dat_b_data62;
output [7:0] sc2mac_dat_b_data63;
output [7:0] sc2mac_dat_b_data64;
output [7:0] sc2mac_dat_b_data65;
output [7:0] sc2mac_dat_b_data66;
output [7:0] sc2mac_dat_b_data67;
output [7:0] sc2mac_dat_b_data68;
output [7:0] sc2mac_dat_b_data69;
output [7:0] sc2mac_dat_b_data70;
output [7:0] sc2mac_dat_b_data71;
output [7:0] sc2mac_dat_b_data72;
output [7:0] sc2mac_dat_b_data73;
output [7:0] sc2mac_dat_b_data74;
output [7:0] sc2mac_dat_b_data75;
output [7:0] sc2mac_dat_b_data76;
output [7:0] sc2mac_dat_b_data77;
output [7:0] sc2mac_dat_b_data78;
output [7:0] sc2mac_dat_b_data79;
output [7:0] sc2mac_dat_b_data80;
output [7:0] sc2mac_dat_b_data81;
output [7:0] sc2mac_dat_b_data82;
output [7:0] sc2mac_dat_b_data83;
output [7:0] sc2mac_dat_b_data84;
output [7:0] sc2mac_dat_b_data85;
output [7:0] sc2mac_dat_b_data86;
output [7:0] sc2mac_dat_b_data87;
output [7:0] sc2mac_dat_b_data88;
output [7:0] sc2mac_dat_b_data89;
output [7:0] sc2mac_dat_b_data90;
output [7:0] sc2mac_dat_b_data91;
output [7:0] sc2mac_dat_b_data92;
output [7:0] sc2mac_dat_b_data93;
output [7:0] sc2mac_dat_b_data94;
output [7:0] sc2mac_dat_b_data95;
output [7:0] sc2mac_dat_b_data96;
output [7:0] sc2mac_dat_b_data97;
output [7:0] sc2mac_dat_b_data98;
output [7:0] sc2mac_dat_b_data99;
output [7:0] sc2mac_dat_b_data100;
output [7:0] sc2mac_dat_b_data101;
output [7:0] sc2mac_dat_b_data102;
output [7:0] sc2mac_dat_b_data103;
output [7:0] sc2mac_dat_b_data104;
output [7:0] sc2mac_dat_b_data105;
output [7:0] sc2mac_dat_b_data106;
output [7:0] sc2mac_dat_b_data107;
output [7:0] sc2mac_dat_b_data108;
output [7:0] sc2mac_dat_b_data109;
output [7:0] sc2mac_dat_b_data110;
output [7:0] sc2mac_dat_b_data111;
output [7:0] sc2mac_dat_b_data112;
output [7:0] sc2mac_dat_b_data113;
output [7:0] sc2mac_dat_b_data114;
output [7:0] sc2mac_dat_b_data115;
output [7:0] sc2mac_dat_b_data116;
output [7:0] sc2mac_dat_b_data117;
output [7:0] sc2mac_dat_b_data118;
output [7:0] sc2mac_dat_b_data119;
output [7:0] sc2mac_dat_b_data120;
output [7:0] sc2mac_dat_b_data121;
output [7:0] sc2mac_dat_b_data122;
output [7:0] sc2mac_dat_b_data123;
output [7:0] sc2mac_dat_b_data124;
output [7:0] sc2mac_dat_b_data125;
output [7:0] sc2mac_dat_b_data126;
output [7:0] sc2mac_dat_b_data127;
output [8:0] sc2mac_dat_b_pd;
output sc2mac_wt_a_pvld; /* data valid */
output [127:0] sc2mac_wt_a_mask;
output [7:0] sc2mac_wt_a_data0;
output [7:0] sc2mac_wt_a_data1;
output [7:0] sc2mac_wt_a_data2;
output [7:0] sc2mac_wt_a_data3;
output [7:0] sc2mac_wt_a_data4;
output [7:0] sc2mac_wt_a_data5;
output [7:0] sc2mac_wt_a_data6;
output [7:0] sc2mac_wt_a_data7;
output [7:0] sc2mac_wt_a_data8;
output [7:0] sc2mac_wt_a_data9;
output [7:0] sc2mac_wt_a_data10;
output [7:0] sc2mac_wt_a_data11;
output [7:0] sc2mac_wt_a_data12;
output [7:0] sc2mac_wt_a_data13;
output [7:0] sc2mac_wt_a_data14;
output [7:0] sc2mac_wt_a_data15;
output [7:0] sc2mac_wt_a_data16;
output [7:0] sc2mac_wt_a_data17;
output [7:0] sc2mac_wt_a_data18;
output [7:0] sc2mac_wt_a_data19;
output [7:0] sc2mac_wt_a_data20;
output [7:0] sc2mac_wt_a_data21;
output [7:0] sc2mac_wt_a_data22;
output [7:0] sc2mac_wt_a_data23;
output [7:0] sc2mac_wt_a_data24;
output [7:0] sc2mac_wt_a_data25;
output [7:0] sc2mac_wt_a_data26;
output [7:0] sc2mac_wt_a_data27;
output [7:0] sc2mac_wt_a_data28;
output [7:0] sc2mac_wt_a_data29;
output [7:0] sc2mac_wt_a_data30;
output [7:0] sc2mac_wt_a_data31;
output [7:0] sc2mac_wt_a_data32;
output [7:0] sc2mac_wt_a_data33;
output [7:0] sc2mac_wt_a_data34;
output [7:0] sc2mac_wt_a_data35;
output [7:0] sc2mac_wt_a_data36;
output [7:0] sc2mac_wt_a_data37;
output [7:0] sc2mac_wt_a_data38;
output [7:0] sc2mac_wt_a_data39;
output [7:0] sc2mac_wt_a_data40;
output [7:0] sc2mac_wt_a_data41;
output [7:0] sc2mac_wt_a_data42;
output [7:0] sc2mac_wt_a_data43;
output [7:0] sc2mac_wt_a_data44;
output [7:0] sc2mac_wt_a_data45;
output [7:0] sc2mac_wt_a_data46;
output [7:0] sc2mac_wt_a_data47;
output [7:0] sc2mac_wt_a_data48;
output [7:0] sc2mac_wt_a_data49;
output [7:0] sc2mac_wt_a_data50;
output [7:0] sc2mac_wt_a_data51;
output [7:0] sc2mac_wt_a_data52;
output [7:0] sc2mac_wt_a_data53;
output [7:0] sc2mac_wt_a_data54;
output [7:0] sc2mac_wt_a_data55;
output [7:0] sc2mac_wt_a_data56;
output [7:0] sc2mac_wt_a_data57;
output [7:0] sc2mac_wt_a_data58;
output [7:0] sc2mac_wt_a_data59;
output [7:0] sc2mac_wt_a_data60;
output [7:0] sc2mac_wt_a_data61;
output [7:0] sc2mac_wt_a_data62;
output [7:0] sc2mac_wt_a_data63;
output [7:0] sc2mac_wt_a_data64;
output [7:0] sc2mac_wt_a_data65;
output [7:0] sc2mac_wt_a_data66;
output [7:0] sc2mac_wt_a_data67;
output [7:0] sc2mac_wt_a_data68;
output [7:0] sc2mac_wt_a_data69;
output [7:0] sc2mac_wt_a_data70;
output [7:0] sc2mac_wt_a_data71;
output [7:0] sc2mac_wt_a_data72;
output [7:0] sc2mac_wt_a_data73;
output [7:0] sc2mac_wt_a_data74;
output [7:0] sc2mac_wt_a_data75;
output [7:0] sc2mac_wt_a_data76;
output [7:0] sc2mac_wt_a_data77;
output [7:0] sc2mac_wt_a_data78;
output [7:0] sc2mac_wt_a_data79;
output [7:0] sc2mac_wt_a_data80;
output [7:0] sc2mac_wt_a_data81;
output [7:0] sc2mac_wt_a_data82;
output [7:0] sc2mac_wt_a_data83;
output [7:0] sc2mac_wt_a_data84;
output [7:0] sc2mac_wt_a_data85;
output [7:0] sc2mac_wt_a_data86;
output [7:0] sc2mac_wt_a_data87;
output [7:0] sc2mac_wt_a_data88;
output [7:0] sc2mac_wt_a_data89;
output [7:0] sc2mac_wt_a_data90;
output [7:0] sc2mac_wt_a_data91;
output [7:0] sc2mac_wt_a_data92;
output [7:0] sc2mac_wt_a_data93;
output [7:0] sc2mac_wt_a_data94;
output [7:0] sc2mac_wt_a_data95;
output [7:0] sc2mac_wt_a_data96;
output [7:0] sc2mac_wt_a_data97;
output [7:0] sc2mac_wt_a_data98;
output [7:0] sc2mac_wt_a_data99;
output [7:0] sc2mac_wt_a_data100;
output [7:0] sc2mac_wt_a_data101;
output [7:0] sc2mac_wt_a_data102;
output [7:0] sc2mac_wt_a_data103;
output [7:0] sc2mac_wt_a_data104;
output [7:0] sc2mac_wt_a_data105;
output [7:0] sc2mac_wt_a_data106;
output [7:0] sc2mac_wt_a_data107;
output [7:0] sc2mac_wt_a_data108;
output [7:0] sc2mac_wt_a_data109;
output [7:0] sc2mac_wt_a_data110;
output [7:0] sc2mac_wt_a_data111;
output [7:0] sc2mac_wt_a_data112;
output [7:0] sc2mac_wt_a_data113;
output [7:0] sc2mac_wt_a_data114;
output [7:0] sc2mac_wt_a_data115;
output [7:0] sc2mac_wt_a_data116;
output [7:0] sc2mac_wt_a_data117;
output [7:0] sc2mac_wt_a_data118;
output [7:0] sc2mac_wt_a_data119;
output [7:0] sc2mac_wt_a_data120;
output [7:0] sc2mac_wt_a_data121;
output [7:0] sc2mac_wt_a_data122;
output [7:0] sc2mac_wt_a_data123;
output [7:0] sc2mac_wt_a_data124;
output [7:0] sc2mac_wt_a_data125;
output [7:0] sc2mac_wt_a_data126;
output [7:0] sc2mac_wt_a_data127;
output [7:0] sc2mac_wt_a_sel;
output sc2mac_wt_b_pvld; /* data valid */
output [127:0] sc2mac_wt_b_mask;
output [7:0] sc2mac_wt_b_data0;
output [7:0] sc2mac_wt_b_data1;
output [7:0] sc2mac_wt_b_data2;
output [7:0] sc2mac_wt_b_data3;
output [7:0] sc2mac_wt_b_data4;
output [7:0] sc2mac_wt_b_data5;
output [7:0] sc2mac_wt_b_data6;
output [7:0] sc2mac_wt_b_data7;
output [7:0] sc2mac_wt_b_data8;
output [7:0] sc2mac_wt_b_data9;
output [7:0] sc2mac_wt_b_data10;
output [7:0] sc2mac_wt_b_data11;
output [7:0] sc2mac_wt_b_data12;
output [7:0] sc2mac_wt_b_data13;
output [7:0] sc2mac_wt_b_data14;
output [7:0] sc2mac_wt_b_data15;
output [7:0] sc2mac_wt_b_data16;
output [7:0] sc2mac_wt_b_data17;
output [7:0] sc2mac_wt_b_data18;
output [7:0] sc2mac_wt_b_data19;
output [7:0] sc2mac_wt_b_data20;
output [7:0] sc2mac_wt_b_data21;
output [7:0] sc2mac_wt_b_data22;
output [7:0] sc2mac_wt_b_data23;
output [7:0] sc2mac_wt_b_data24;
output [7:0] sc2mac_wt_b_data25;
output [7:0] sc2mac_wt_b_data26;
output [7:0] sc2mac_wt_b_data27;
output [7:0] sc2mac_wt_b_data28;
output [7:0] sc2mac_wt_b_data29;
output [7:0] sc2mac_wt_b_data30;
output [7:0] sc2mac_wt_b_data31;
output [7:0] sc2mac_wt_b_data32;
output [7:0] sc2mac_wt_b_data33;
output [7:0] sc2mac_wt_b_data34;
output [7:0] sc2mac_wt_b_data35;
output [7:0] sc2mac_wt_b_data36;
output [7:0] sc2mac_wt_b_data37;
output [7:0] sc2mac_wt_b_data38;
output [7:0] sc2mac_wt_b_data39;
output [7:0] sc2mac_wt_b_data40;
output [7:0] sc2mac_wt_b_data41;
output [7:0] sc2mac_wt_b_data42;
output [7:0] sc2mac_wt_b_data43;
output [7:0] sc2mac_wt_b_data44;
output [7:0] sc2mac_wt_b_data45;
output [7:0] sc2mac_wt_b_data46;
output [7:0] sc2mac_wt_b_data47;
output [7:0] sc2mac_wt_b_data48;
output [7:0] sc2mac_wt_b_data49;
output [7:0] sc2mac_wt_b_data50;
output [7:0] sc2mac_wt_b_data51;
output [7:0] sc2mac_wt_b_data52;
output [7:0] sc2mac_wt_b_data53;
output [7:0] sc2mac_wt_b_data54;
output [7:0] sc2mac_wt_b_data55;
output [7:0] sc2mac_wt_b_data56;
output [7:0] sc2mac_wt_b_data57;
output [7:0] sc2mac_wt_b_data58;
output [7:0] sc2mac_wt_b_data59;
output [7:0] sc2mac_wt_b_data60;
output [7:0] sc2mac_wt_b_data61;
output [7:0] sc2mac_wt_b_data62;
output [7:0] sc2mac_wt_b_data63;
output [7:0] sc2mac_wt_b_data64;
output [7:0] sc2mac_wt_b_data65;
output [7:0] sc2mac_wt_b_data66;
output [7:0] sc2mac_wt_b_data67;
output [7:0] sc2mac_wt_b_data68;
output [7:0] sc2mac_wt_b_data69;
output [7:0] sc2mac_wt_b_data70;
output [7:0] sc2mac_wt_b_data71;
output [7:0] sc2mac_wt_b_data72;
output [7:0] sc2mac_wt_b_data73;
output [7:0] sc2mac_wt_b_data74;
output [7:0] sc2mac_wt_b_data75;
output [7:0] sc2mac_wt_b_data76;
output [7:0] sc2mac_wt_b_data77;
output [7:0] sc2mac_wt_b_data78;
output [7:0] sc2mac_wt_b_data79;
output [7:0] sc2mac_wt_b_data80;
output [7:0] sc2mac_wt_b_data81;
output [7:0] sc2mac_wt_b_data82;
output [7:0] sc2mac_wt_b_data83;
output [7:0] sc2mac_wt_b_data84;
output [7:0] sc2mac_wt_b_data85;
output [7:0] sc2mac_wt_b_data86;
output [7:0] sc2mac_wt_b_data87;
output [7:0] sc2mac_wt_b_data88;
output [7:0] sc2mac_wt_b_data89;
output [7:0] sc2mac_wt_b_data90;
output [7:0] sc2mac_wt_b_data91;
output [7:0] sc2mac_wt_b_data92;
output [7:0] sc2mac_wt_b_data93;
output [7:0] sc2mac_wt_b_data94;
output [7:0] sc2mac_wt_b_data95;
output [7:0] sc2mac_wt_b_data96;
output [7:0] sc2mac_wt_b_data97;
output [7:0] sc2mac_wt_b_data98;
output [7:0] sc2mac_wt_b_data99;
output [7:0] sc2mac_wt_b_data100;
output [7:0] sc2mac_wt_b_data101;
output [7:0] sc2mac_wt_b_data102;
output [7:0] sc2mac_wt_b_data103;
output [7:0] sc2mac_wt_b_data104;
output [7:0] sc2mac_wt_b_data105;
output [7:0] sc2mac_wt_b_data106;
output [7:0] sc2mac_wt_b_data107;
output [7:0] sc2mac_wt_b_data108;
output [7:0] sc2mac_wt_b_data109;
output [7:0] sc2mac_wt_b_data110;
output [7:0] sc2mac_wt_b_data111;
output [7:0] sc2mac_wt_b_data112;
output [7:0] sc2mac_wt_b_data113;
output [7:0] sc2mac_wt_b_data114;
output [7:0] sc2mac_wt_b_data115;
output [7:0] sc2mac_wt_b_data116;
output [7:0] sc2mac_wt_b_data117;
output [7:0] sc2mac_wt_b_data118;
output [7:0] sc2mac_wt_b_data119;
output [7:0] sc2mac_wt_b_data120;
output [7:0] sc2mac_wt_b_data121;
output [7:0] sc2mac_wt_b_data122;
output [7:0] sc2mac_wt_b_data123;
output [7:0] sc2mac_wt_b_data124;
output [7:0] sc2mac_wt_b_data125;
output [7:0] sc2mac_wt_b_data126;
output [7:0] sc2mac_wt_b_data127;
output [7:0] sc2mac_wt_b_sel;
input cdma2sc_wt_updt; /* data valid */
input [13:0] cdma2sc_wt_kernels;
input [11:0] cdma2sc_wt_entries;
input [8:0] cdma2sc_wmb_entries;
output sc2cdma_wt_updt; /* data valid */
output [13:0] sc2cdma_wt_kernels;
output [11:0] sc2cdma_wt_entries;
output [8:0] sc2cdma_wmb_entries;
input dla_clk_ovr_on_sync;
input global_clk_ovr_on_sync;
input tmc2slcg_disable_clock_gating;
wire dp2reg_done;
wire nvdla_op_gated_clk_0;
wire nvdla_op_gated_clk_1;
wire nvdla_op_gated_clk_2;
wire nvdla_wg_gated_clk;
wire [20:0] reg2dp_atomics;
wire [4:0] reg2dp_batches;
wire [0:0] reg2dp_conv_mode;
wire [2:0] reg2dp_conv_x_stride_ext;
wire [2:0] reg2dp_conv_y_stride_ext;
wire [31:0] reg2dp_cya;
wire [3:0] reg2dp_data_bank;
wire [0:0] reg2dp_data_reuse;
wire [12:0] reg2dp_datain_channel_ext;
wire [0:0] reg2dp_datain_format;
wire [12:0] reg2dp_datain_height_ext;
wire [12:0] reg2dp_datain_width_ext;
wire [12:0] reg2dp_dataout_channel;
wire [12:0] reg2dp_dataout_height;
wire [12:0] reg2dp_dataout_width;
wire [11:0] reg2dp_entries;
wire [1:0] reg2dp_in_precision;
wire [0:0] reg2dp_op_en;
wire [4:0] reg2dp_pad_left;
wire [4:0] reg2dp_pad_top;
wire [15:0] reg2dp_pad_value;
wire [1:0] reg2dp_pra_truncate;
wire [1:0] reg2dp_proc_precision;
wire [11:0] reg2dp_rls_slices;
wire [0:0] reg2dp_skip_data_rls;
wire [0:0] reg2dp_skip_weight_rls;
wire [3:0] reg2dp_weight_bank;
wire [24:0] reg2dp_weight_bytes;
wire [12:0] reg2dp_weight_channel_ext;
wire [0:0] reg2dp_weight_format;
wire [4:0] reg2dp_weight_height_ext;
wire [12:0] reg2dp_weight_kernel;
wire [0:0] reg2dp_weight_reuse;
wire [4:0] reg2dp_weight_width_ext;
wire [20:0] reg2dp_wmb_bytes;
wire [4:0] reg2dp_x_dilation_ext;
wire [4:0] reg2dp_y_dilation_ext;
wire [1:0] reg2dp_y_extension;
wire [1:0] sc_state;
wire [30:0] sg2dl_pd;
wire sg2dl_pvld;
wire sg2dl_reuse_rls;
wire [17:0] sg2wl_pd;
wire sg2wl_pvld;
wire sg2wl_reuse_rls;
wire [3:0] slcg_op_en;
wire slcg_wg_en;

endmodule